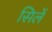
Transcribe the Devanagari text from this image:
सिलें